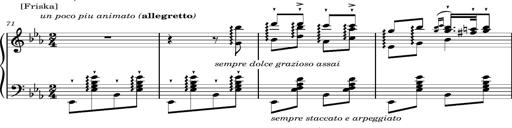
Title: Magyar rapszÃ³diÃ¡k
Composer: Franz Liszt